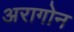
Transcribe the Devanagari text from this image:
अरागोन